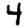
Digit: 4